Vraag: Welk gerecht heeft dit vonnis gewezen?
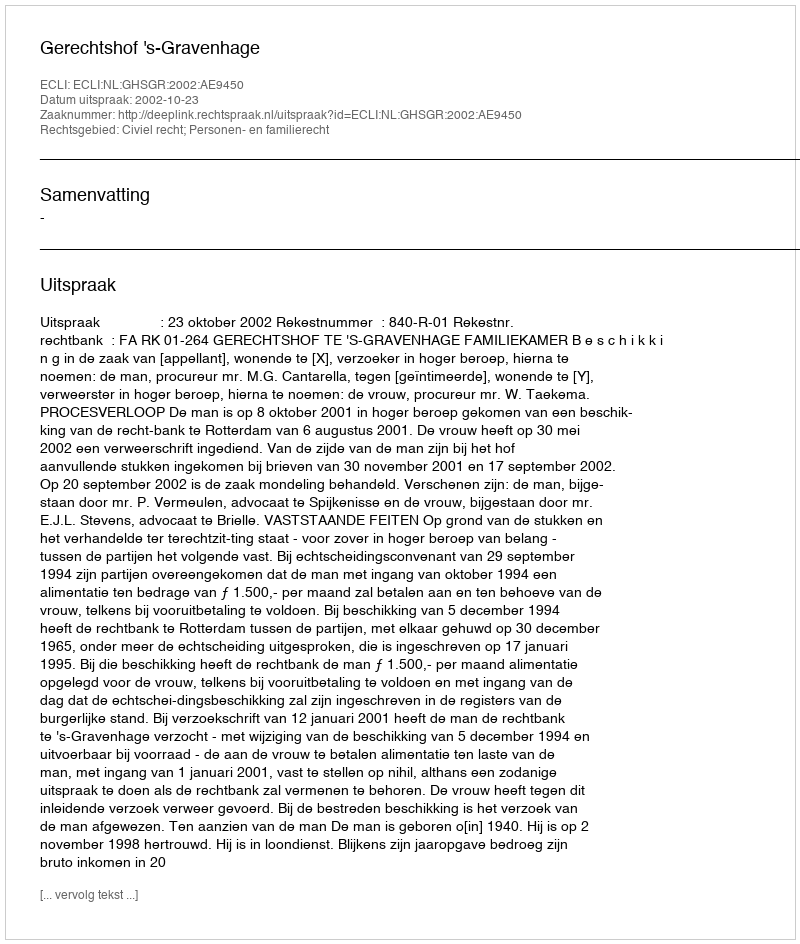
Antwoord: Gerechtshof 's-Gravenhage